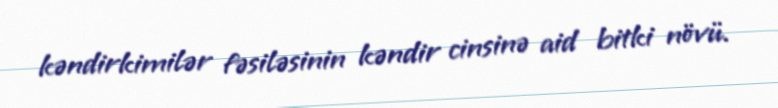
kəndirkimilər fəsiləsinin kəndir cinsinə aid bitki növü.